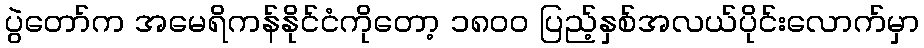
ပွဲတော်က အမေရိကန်နိုင်ငံကိုတော့ ၁၈၀၀ ပြည့်နှစ်အလယ်ပိုင်းလောက်မှာ